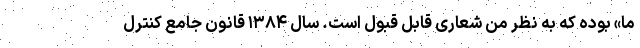
ما» بوده که به نظر من شعاری قابل قبول است. سال ۱۳۸۴ قانون جامع کنترل